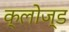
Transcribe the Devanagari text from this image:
क्‍लोज्‍ड